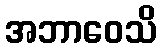
အဘာဝေသိ